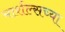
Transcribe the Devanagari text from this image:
मार्शल्सच्या